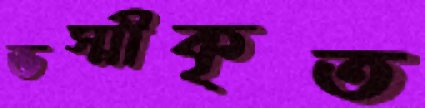
ভস্মীকৃত